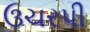
ઉચરપી